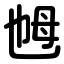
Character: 乸